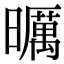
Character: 曞